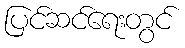
ပြင်ဆင်ရေးတွင်